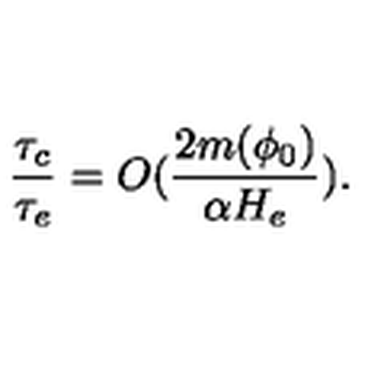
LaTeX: \frac { \tau _ { c } } { \tau _ { e } } = O ( \frac { 2 m ( \phi _ { 0 } ) } { \alpha H _ { e } } ) .